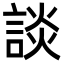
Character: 談